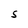
Character: S